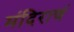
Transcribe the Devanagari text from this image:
मंदिराचं